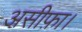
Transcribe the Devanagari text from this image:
असीफ़ा।